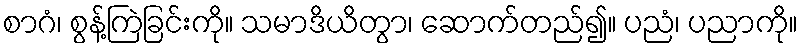
စာဂံ၊ စွန့်ကြဲခြင်းကို။ သမာဒိယိတွာ၊ ဆောက်တည်၍။ ပညံ၊ ပညာကို။